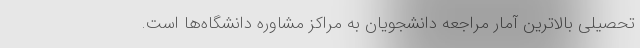
تحصیلی بالاترین آمار مراجعه دانشجویان به مراکز مشاوره دانشگاه‌ها است.